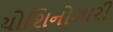
યોશિનોગારી